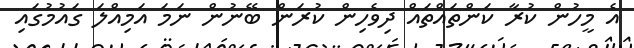
އެ މީހުން ކުރާ ކަންތައްތައް ދިވެހިން ކުރަން ބޭނުން ނަމަ އަމިއްލަ ގައުމުގައި